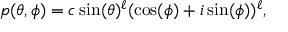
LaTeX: p ( \theta , \phi ) = c \, \mathrm { s i n } ( \theta ) ^ { \ell } ( \mathrm { c o s } ( \phi ) + i \, \mathrm { s i n } ( \phi ) ) ^ { \ell } ,